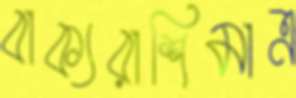
বাক্যরাশিমাত্র